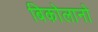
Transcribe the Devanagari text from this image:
बिकोलानो